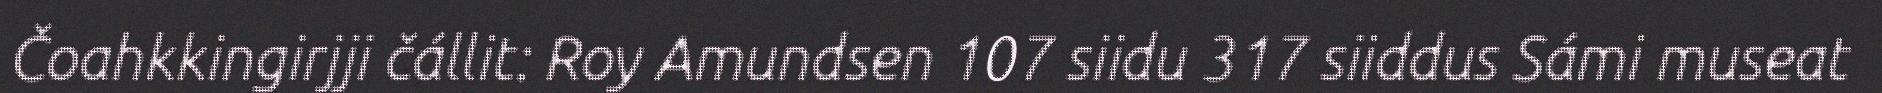
Čoahkkingirjji čállit: Roy Amundsen 107 siidu 317 siiddus Sámi museat